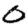
Digit: 0